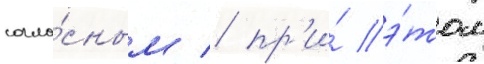
согла́сным / пр'и́ э́том